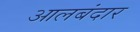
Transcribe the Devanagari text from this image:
आलबंदार